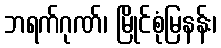
ဘရက်ဂုဏ်၊ မြိုင်စုံမြနန်း၊